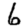
Digit: 6